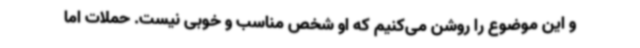
و این موضوع را روشن می‌کنیم که او شخص مناسب و خوبی نیست. حملات اما